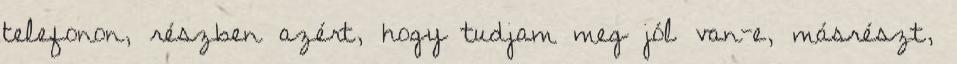
telefonon, részben azért, hogy tudjam meg jól van-e, másrészt,